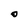
Character: O